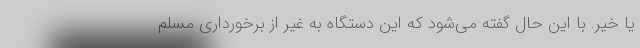
یا خیر. با این حال گفته می‌شود که این دستگاه به غیر از برخورداری مسلم